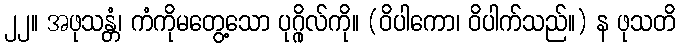
၂၂။ အဖုသန္တံ၊ ကံကိုမတွေ့သော ပုဂ္ဂိုလ်ကို။ (ဝိပါကော၊ ဝိပါက်သည်။) န ဖုသတိ